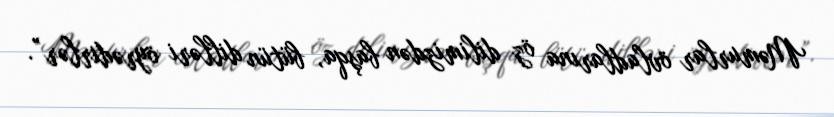
Məmurlar övladlarına öz dilimizdən başqa, bütün dilləri öyrədirlər”.